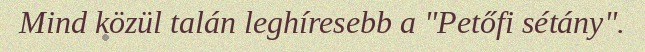
Mind közül talán leghíresebb a "Petőfi sétány".